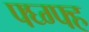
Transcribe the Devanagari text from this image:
फ्घ्ग्फ्ह